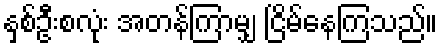
နှစ်ဦးစလုံး အတန်ကြာမျှ ငြိမ်နေကြသည်။